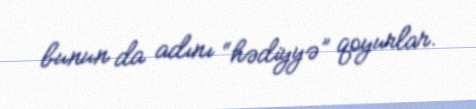
bunun da adını “hədiyyə” qoyurlar.